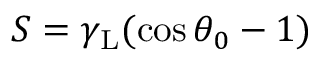
S = \gamma _ { \mathrm { L } } ( \cos \theta _ { 0 } - 1 )